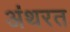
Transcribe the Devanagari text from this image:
अंथरत